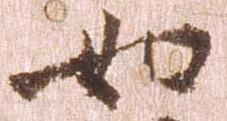
如